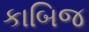
કાબિજ